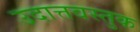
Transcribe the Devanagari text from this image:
उदात्तवस्तुक